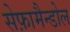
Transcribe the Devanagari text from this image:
सेफ़ामैन्डोल